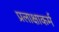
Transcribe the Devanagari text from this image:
प्रलाक्षाकर्म